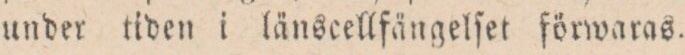
under tiden i länscellfängelſet förwaras.